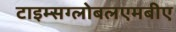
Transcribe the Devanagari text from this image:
टाइम्सग्लोबलएमबीए